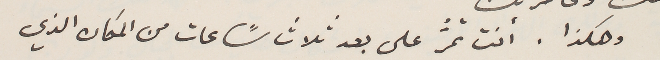
وهكذا. انت تمرُّ على بعد ثلاث سًاعات من المكان الذي